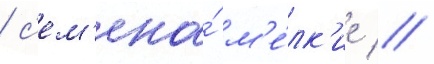
/ с'ем'ена́ м'е́лк'ие //